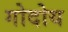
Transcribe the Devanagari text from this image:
गोदोय